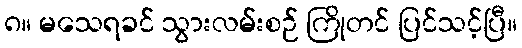
၈။ မသေရခင် သွားလမ်းစဉ် ကြိုတင် ပြင်သင့်ပြီ။